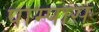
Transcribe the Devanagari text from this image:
पाम्पास